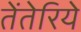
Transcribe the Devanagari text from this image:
तेंतेरिये